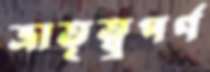
ভ্রাতৃত্ব্বপর্ণ